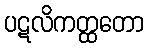
ပဋလိကတ္ထတော